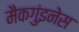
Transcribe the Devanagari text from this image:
मैकगुंइनेस